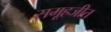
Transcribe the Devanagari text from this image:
समूहजीत